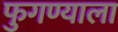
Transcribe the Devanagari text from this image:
फुगण्याला